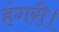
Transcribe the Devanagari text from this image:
हंगरी।